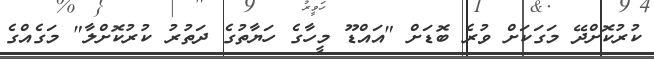
ކުރުކޮށްދޭ މަގަކަށް ވުރެ ބޮޑަށް "އައްޑޫ މީހާގެ ހަޔާތުގެ ދަތުރު ކުރުކޮށްލާ" މަގެއްގެ